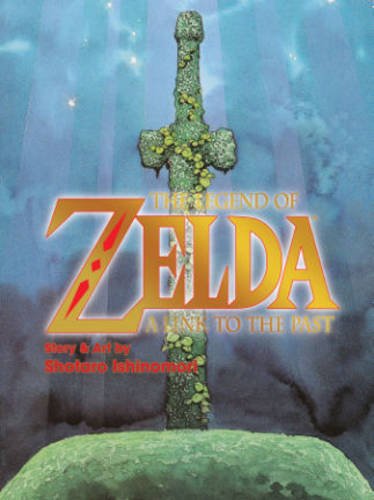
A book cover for The Legend of Zelda: A Link to the Past; Shotaro Ishinomori; Comics & Graphic Novels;